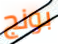
بونج